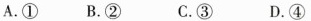
A.① B.② C.③ D.④